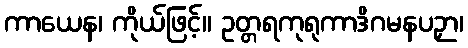
ကာယေန၊ ကိုယ်ဖြင့်။ ဥတ္တရကုရုကာဒိဂမနပဉှာ၊